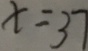
x = 3 7